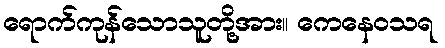
ရောက်ကုန်သောသူတို့အား။ ကေနေဝသရ